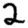
Digit: 2